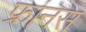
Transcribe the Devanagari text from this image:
फ्रानस